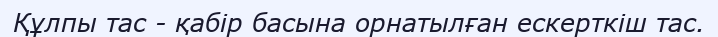
Құлпы тас - қабір басына орнатылған ескерткіш тас.